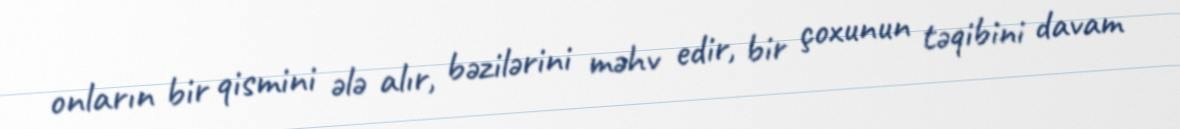
onların bir qismini ələ alır, bəzilərini məhv edir, bir çoxunun təqibini davam